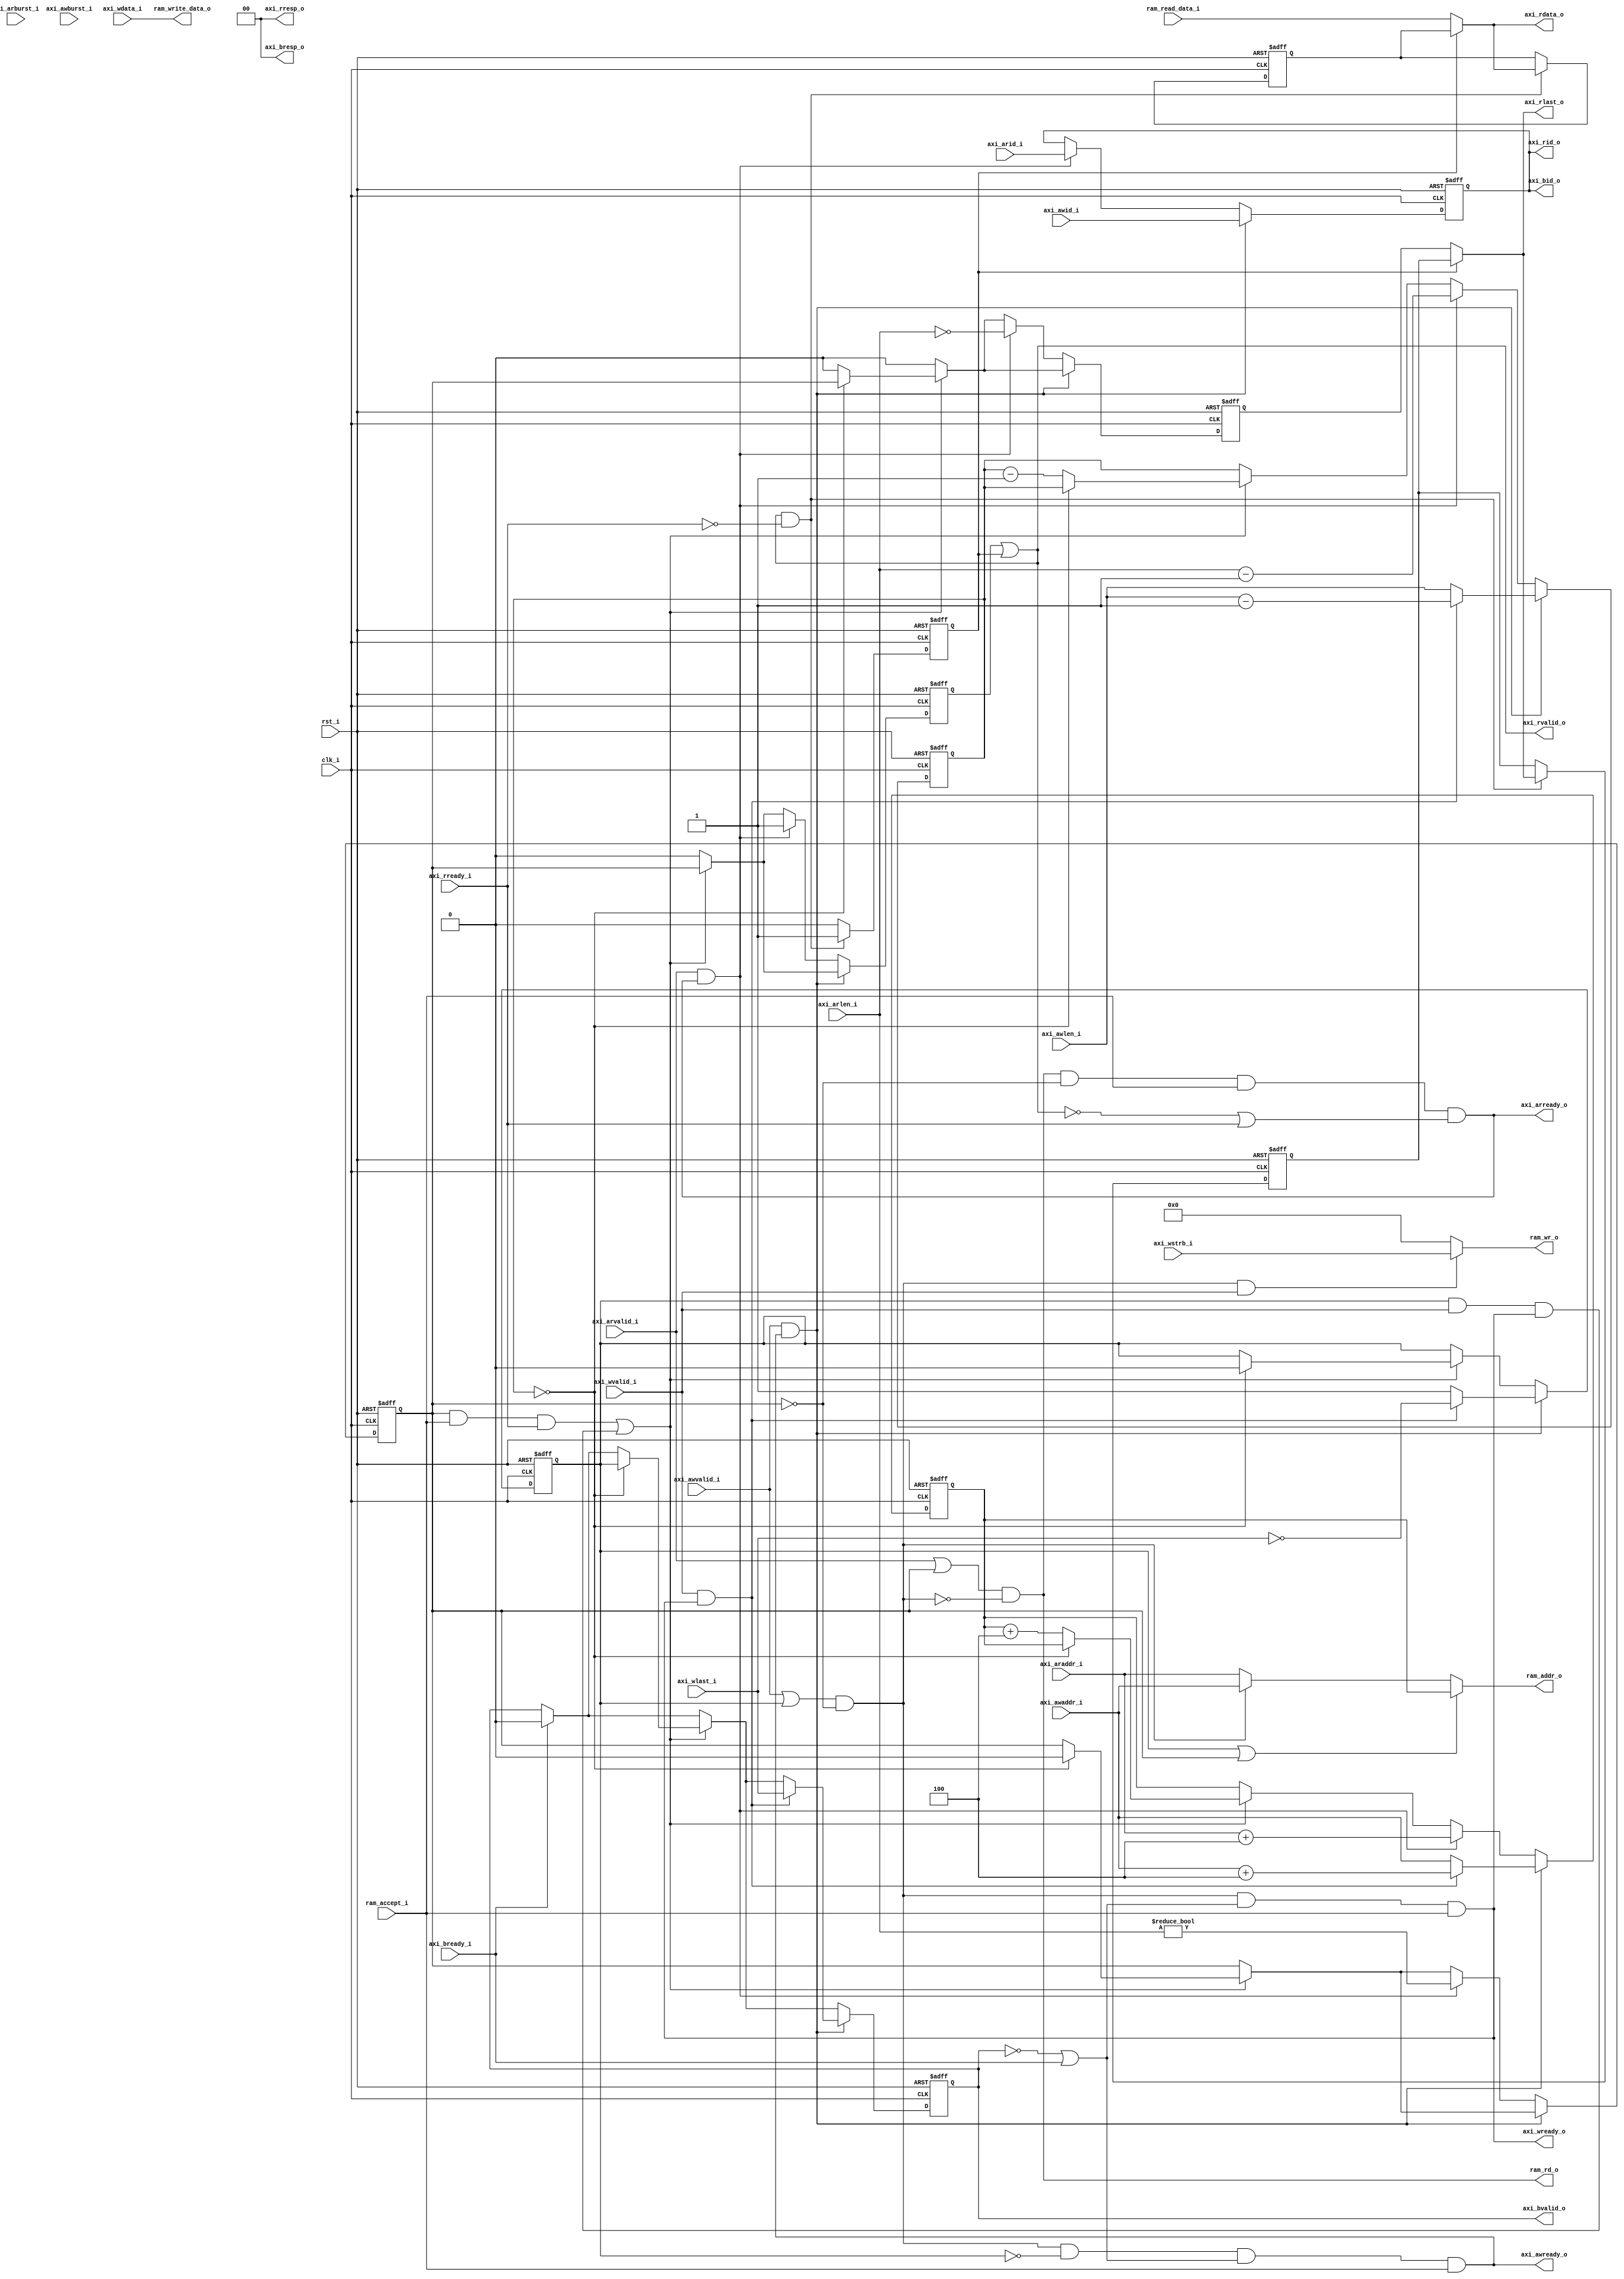
module axi4_ram_bridge (
    input           clk_i,
    input           rst_i,
    input   [7:0]   axi_arid_i,
    input   [1:0]   axi_arburst_i,
    input   [7:0]   axi_arlen_i,
    input   [31:0]  axi_araddr_i,
    input           axi_arvalid_i,
    output          axi_arready_o,
    output  [7:0]   axi_rid_o,
    output  [31:0]  axi_rdata_o,
    output          axi_rlast_o,
    output  [1:0]   axi_rresp_o,
    output          axi_rvalid_o,
    input           axi_rready_i,
    input   [7:0]   axi_awid_i,
    input   [1:0]   axi_awburst_i,
    input   [7:0]   axi_awlen_i,
    input   [31:0]  axi_awaddr_i,
    input           axi_awvalid_i,
    output          axi_awready_o,
    input   [3:0]   axi_wstrb_i,
    input   [31:0]  axi_wdata_i,
    input           axi_wlast_i,
    input           axi_wvalid_i,
    output          axi_wready_o,
    output  [7:0]   axi_bid_o,
    output  [1:0]   axi_bresp_o,
    output          axi_bvalid_o,
    input           axi_bready_i,
    output  [3:0]   ram_wr_o,
    output          ram_rd_o,
    output  [31:0]  ram_addr_o,
    output  [31:0]  ram_write_data_o,
    input   [31:0]  ram_read_data_i,
    input           ram_accept_i
);

//-------------------------------------------------------------
// calculate_addr_next
//-------------------------------------------------------------
function [31:0] calculate_addr_next;
    input [31:0] addr;
    input [1:0]  axtype;
    input [7:0]  axlen;

    reg [31:0]   mask;
begin
    mask = 0;

    case (axtype)
`ifdef SUPPORT_FIXED_BURST
    2'd0: // AXI4_BURST_FIXED
        calculate_addr_next = addr;
`endif
`ifdef SUPPORT_WRAP_BURST
    2'd2: // AXI4_BURST_WRAP
        case (axlen)
        8'd0:      mask = 8'h03;
        8'd1:      mask = 8'h07;
        8'd3:      mask = 8'h0F;
        8'd7:      mask = 8'h1F;
        8'd15:     mask = 8'h3F;
        default:   mask = 8'h3F;
        endcase

        calculate_addr_next = (addr & ~mask) | ((addr + 4) & mask);
`endif
    default: // AXI4_BURST_INCR
        calculate_addr_next = addr + 4;
    endcase
end
endfunction

//-----------------------------------------------------------------
// Registers / Wires
//-----------------------------------------------------------------
reg [7:0]   req_len_q;
reg [31:0]  req_addr_q;
reg         req_rd_q;
reg         req_wr_q;
reg [7:0]   req_id_q;
reg [1:0]   req_axburst_q;
reg [7:0]   req_axlen_q;

reg         bvalid_q;
reg         rvalid_q;
reg         rlast_q;
reg         rbuf_valid_q;
reg [31:0]  rbuf_data_q;
reg         rbuf_last_q;

//-----------------------------------------------------------------
// Sequential
//-----------------------------------------------------------------
always @ (posedge clk_i or posedge rst_i)
if (rst_i)
begin
    req_len_q     <= 8'b0;
    req_addr_q    <= 32'b0;
    req_wr_q      <= 1'b0;
    req_rd_q      <= 1'b0;
    req_id_q      <= 8'b0;
    req_axburst_q <= 2'b0;
    req_axlen_q   <= 8'b0;
    bvalid_q      <= 1'b0;
    rvalid_q      <= 1'b0;
    rlast_q       <= 1'b0;
    rbuf_valid_q  <= 1'b0;
    rbuf_data_q   <= 32'b0;
    rbuf_last_q   <= 1'b0;
end
else
begin
    rvalid_q <= 1'b0;
    rlast_q  <= 1'b0;

    if (axi_bready_i)
        bvalid_q <= 1'b0;

    // Burst continuation
    if ((req_rd_q && ram_accept_i && axi_rready_i) ||  // Read accepted
        (req_wr_q && axi_wvalid_i && axi_wready_o))    // Write data presented
    begin
        rvalid_q <= req_rd_q;

        if (req_len_q == 0)
        begin
            bvalid_q <= req_wr_q;
            rlast_q  <= req_rd_q;
            req_rd_q <= 1'b0;
            req_wr_q <= 1'b0;
        end
        else
        begin
            req_addr_q <= calculate_addr_next(req_addr_q, req_axburst_q, req_axlen_q);
            req_len_q  <= req_len_q - 8'd1;
        end
    end

    // Write command accepted
    if (axi_awvalid_i && axi_awready_o)
    begin
        // Data ready?
        if (axi_wvalid_i && axi_wready_o)
        begin
            req_wr_q      <= !axi_wlast_i;
            req_len_q     <= axi_awlen_i - 8'd1;
            req_id_q      <= axi_awid_i;
            req_axburst_q <= axi_awburst_i;
            req_axlen_q   <= axi_awlen_i;

            req_addr_q    <= calculate_addr_next(axi_awaddr_i, axi_awburst_i, axi_awlen_i);

            bvalid_q      <= axi_wlast_i;
        end
        // Data not ready
        else
        begin
            req_wr_q      <= 1'b1;
            req_len_q     <= axi_awlen_i;
            req_id_q      <= axi_awid_i;
            req_axburst_q <= axi_awburst_i;
            req_axlen_q   <= axi_awlen_i;
            req_addr_q    <= axi_awaddr_i;
        end
    end
    // Read command accepted
    else if (axi_arvalid_i && axi_arready_o)
    begin
        req_rd_q      <= (axi_arlen_i != 0);
        req_len_q     <= axi_arlen_i - 8'd1;
        req_addr_q    <= calculate_addr_next(axi_araddr_i, axi_arburst_i, axi_arlen_i);
        req_id_q      <= axi_arid_i;
        req_axburst_q <= axi_arburst_i;
        req_axlen_q   <= axi_arlen_i;

        rvalid_q      <= 1'b1;
        rlast_q       <= (axi_arlen_i == 0);
    end

    // Response skid buffer
    if (axi_rvalid_o && !axi_rready_i)
    begin
        rbuf_valid_q <= 1'b1;
        rbuf_data_q  <= axi_rdata_o;
        rbuf_last_q  <= axi_rlast_o;
    end
    else
        rbuf_valid_q <= 1'b0;
end

//-----------------------------------------------------------------
// Assignments
//-----------------------------------------------------------------
assign axi_bvalid_o  = bvalid_q;
assign axi_bresp_o   = 2'b0;
assign axi_bid_o     = req_id_q;

assign axi_rvalid_o  = rvalid_q | rbuf_valid_q;
assign axi_rresp_o   = 2'b0;
assign axi_rdata_o   = rbuf_valid_q ? rbuf_data_q : ram_read_data_i;
assign axi_rid_o     = req_id_q;
assign axi_rlast_o   = rbuf_valid_q ? rbuf_last_q : rlast_q;

// Write takes priority
wire write_active    = (axi_awvalid_i || req_wr_q) && !req_rd_q;
wire read_active     = (axi_arvalid_i || req_rd_q) && !write_active;

assign axi_awready_o = write_active && !req_wr_q && (!axi_bvalid_o || axi_bready_i) && ram_accept_i;
assign axi_wready_o  = write_active && (!axi_bvalid_o || axi_bready_i) && ram_accept_i;
assign axi_arready_o = read_active  && !req_rd_q && ram_accept_i && (!axi_rvalid_o || axi_rready_i);

wire [31:0] addr_w   = ((req_wr_q || req_rd_q) ? req_addr_q:
                        write_active ? axi_awaddr_i : axi_araddr_i);

wire wr_w    = write_active && axi_wvalid_i;
wire rd_w    = read_active;

// RAM if
assign ram_addr_o       = addr_w;
assign ram_write_data_o = axi_wdata_i;
assign ram_rd_o         = rd_w;
assign ram_wr_o         = wr_w ? axi_wstrb_i : 4'b0;

endmodule